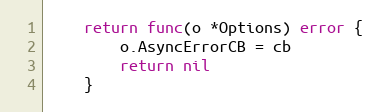
Language: Go
	return func(o *Options) error {
		o.AsyncErrorCB = cb
		return nil
	}